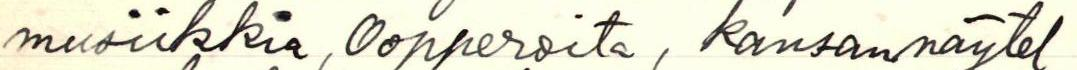
musiikkia, oopperoita, kansannäytel